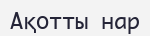
Ақотты нар